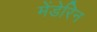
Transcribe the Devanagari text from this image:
मेंडेरिन